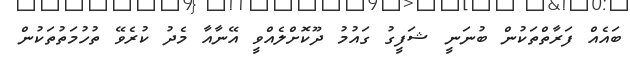
ބައެއް ފަރާތްތަކުން ބުނަނީ ޝަފީގު ގައުމު ދޫކޮށްލެއްވީ އޭނާއާ މެދު ކުރެވޭ ތުހުމަތުތަކުން